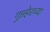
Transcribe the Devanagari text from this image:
गुप्तहेराच्या